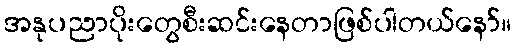
အနုပညာပိုးတွေစီးဆင်းနေတာဖြစ်ပါတယ်နော်။